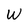
Character: W